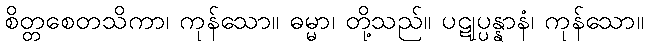
စိတ္တစေတသိကာ၊ ကုန်သော။ ဓမ္မာ၊ တို့သည်။ ပဋုပ္ပန္နာနံ၊ ကုန်သော။